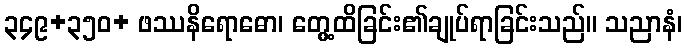
၃၄၉+၃၅၀+ ဖဿနိရောဓော၊ တွေ့ထိခြင်း၏ချုပ်ရာခြင်းသည်။ သညာနံ၊